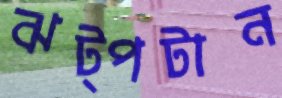
ঝট্‌পটান